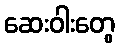
ဆေးဝါးတွေ